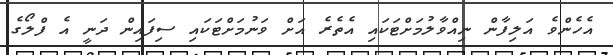
އެހެންވެ އަލިފާން ނިއްވާލުމަށްޓަކައި އެތެރެ އަށް ވަނުމަށްޓަކައި ސިފައިން ދަނީ އެ ފްލޯގެ